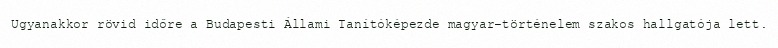
Ugyanakkor rövid időre a Budapesti Állami Tanítóképezde magyar–történelem szakos hallgatója lett.